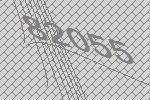
82055